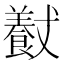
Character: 𱃮